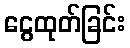
ငွေထုတ်ခြင်း